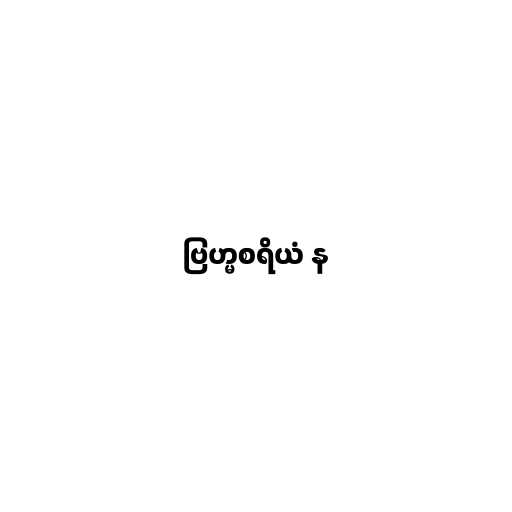
ဗြဟ္မစရိယံ န